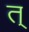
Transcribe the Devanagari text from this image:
त्‌